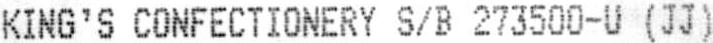
KING'S CONFECTIONERY S/B 273500-U (JJ)